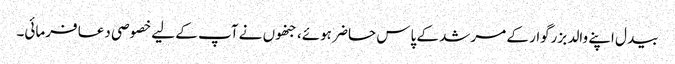
بیدل اپنے والد بزرگوار کے مرشد کے پاس حاضر ہوئے، جنھوں نے آپ کے لیے خصوصی دعا فرمائی۔